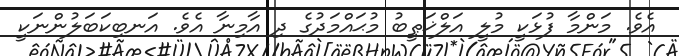
އެވެ. މަންމާ ފުޅަކީ މުލީ އަލްޚަޠީބު މުޙައްމަދުގެ ދި އާމިނާ އެވެ. އަނބިކަބަލުންނަކީ